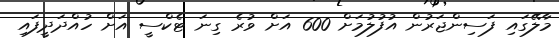
މާލޭގައި ފަސިންޖަރުން އުފުލުމަށް 600 އަށް ވުރެ ގިނަ ޓެކްސީ އަށް ހުއްދަދީފައި